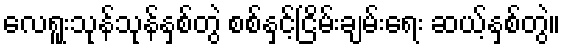
လေရူးသုန်သုန်နှစ်တွဲ စစ်နှင့်ငြိမ်းချမ်းရေး ဆယ့်နှစ်တွဲ။